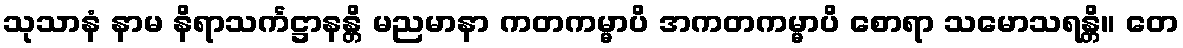
သုသာနံ နာမ နိရာသင်္ကဋ္ဌာနန္တိ မညမာနာ ကတကမ္မာပိ အကတကမ္မာပိ စောရာ သမောသရန္တိ။ တေ